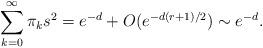
LaTeX: \begin{align*} \sum_{k=0}^\infty \pi_k s^2 = e^{-d}+ O(e^{-d(r+1)/2}) \sim e^{-d}.\end{align*}